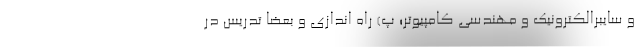
و سایبرالکترونیک و مهندسی کامپیوتر؛ پ) راه اندازی و بعضاً تدریس در